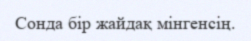
Сонда бір жайдақ мінгенсің.